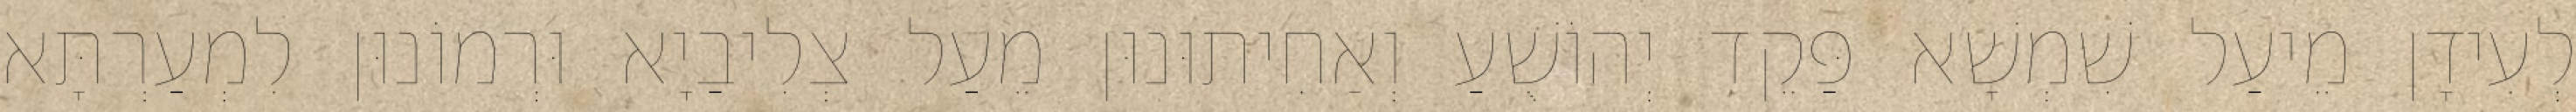
לְעִידָן מֵיעַל שִׁמְשָׁא פַּקֵד יְהוֹשֻׁעַ וְאַחִיתוּנוּן מֵעַל צְלִיבַיָא וּרְמוֹנוּן לִמְעַרְתָּא